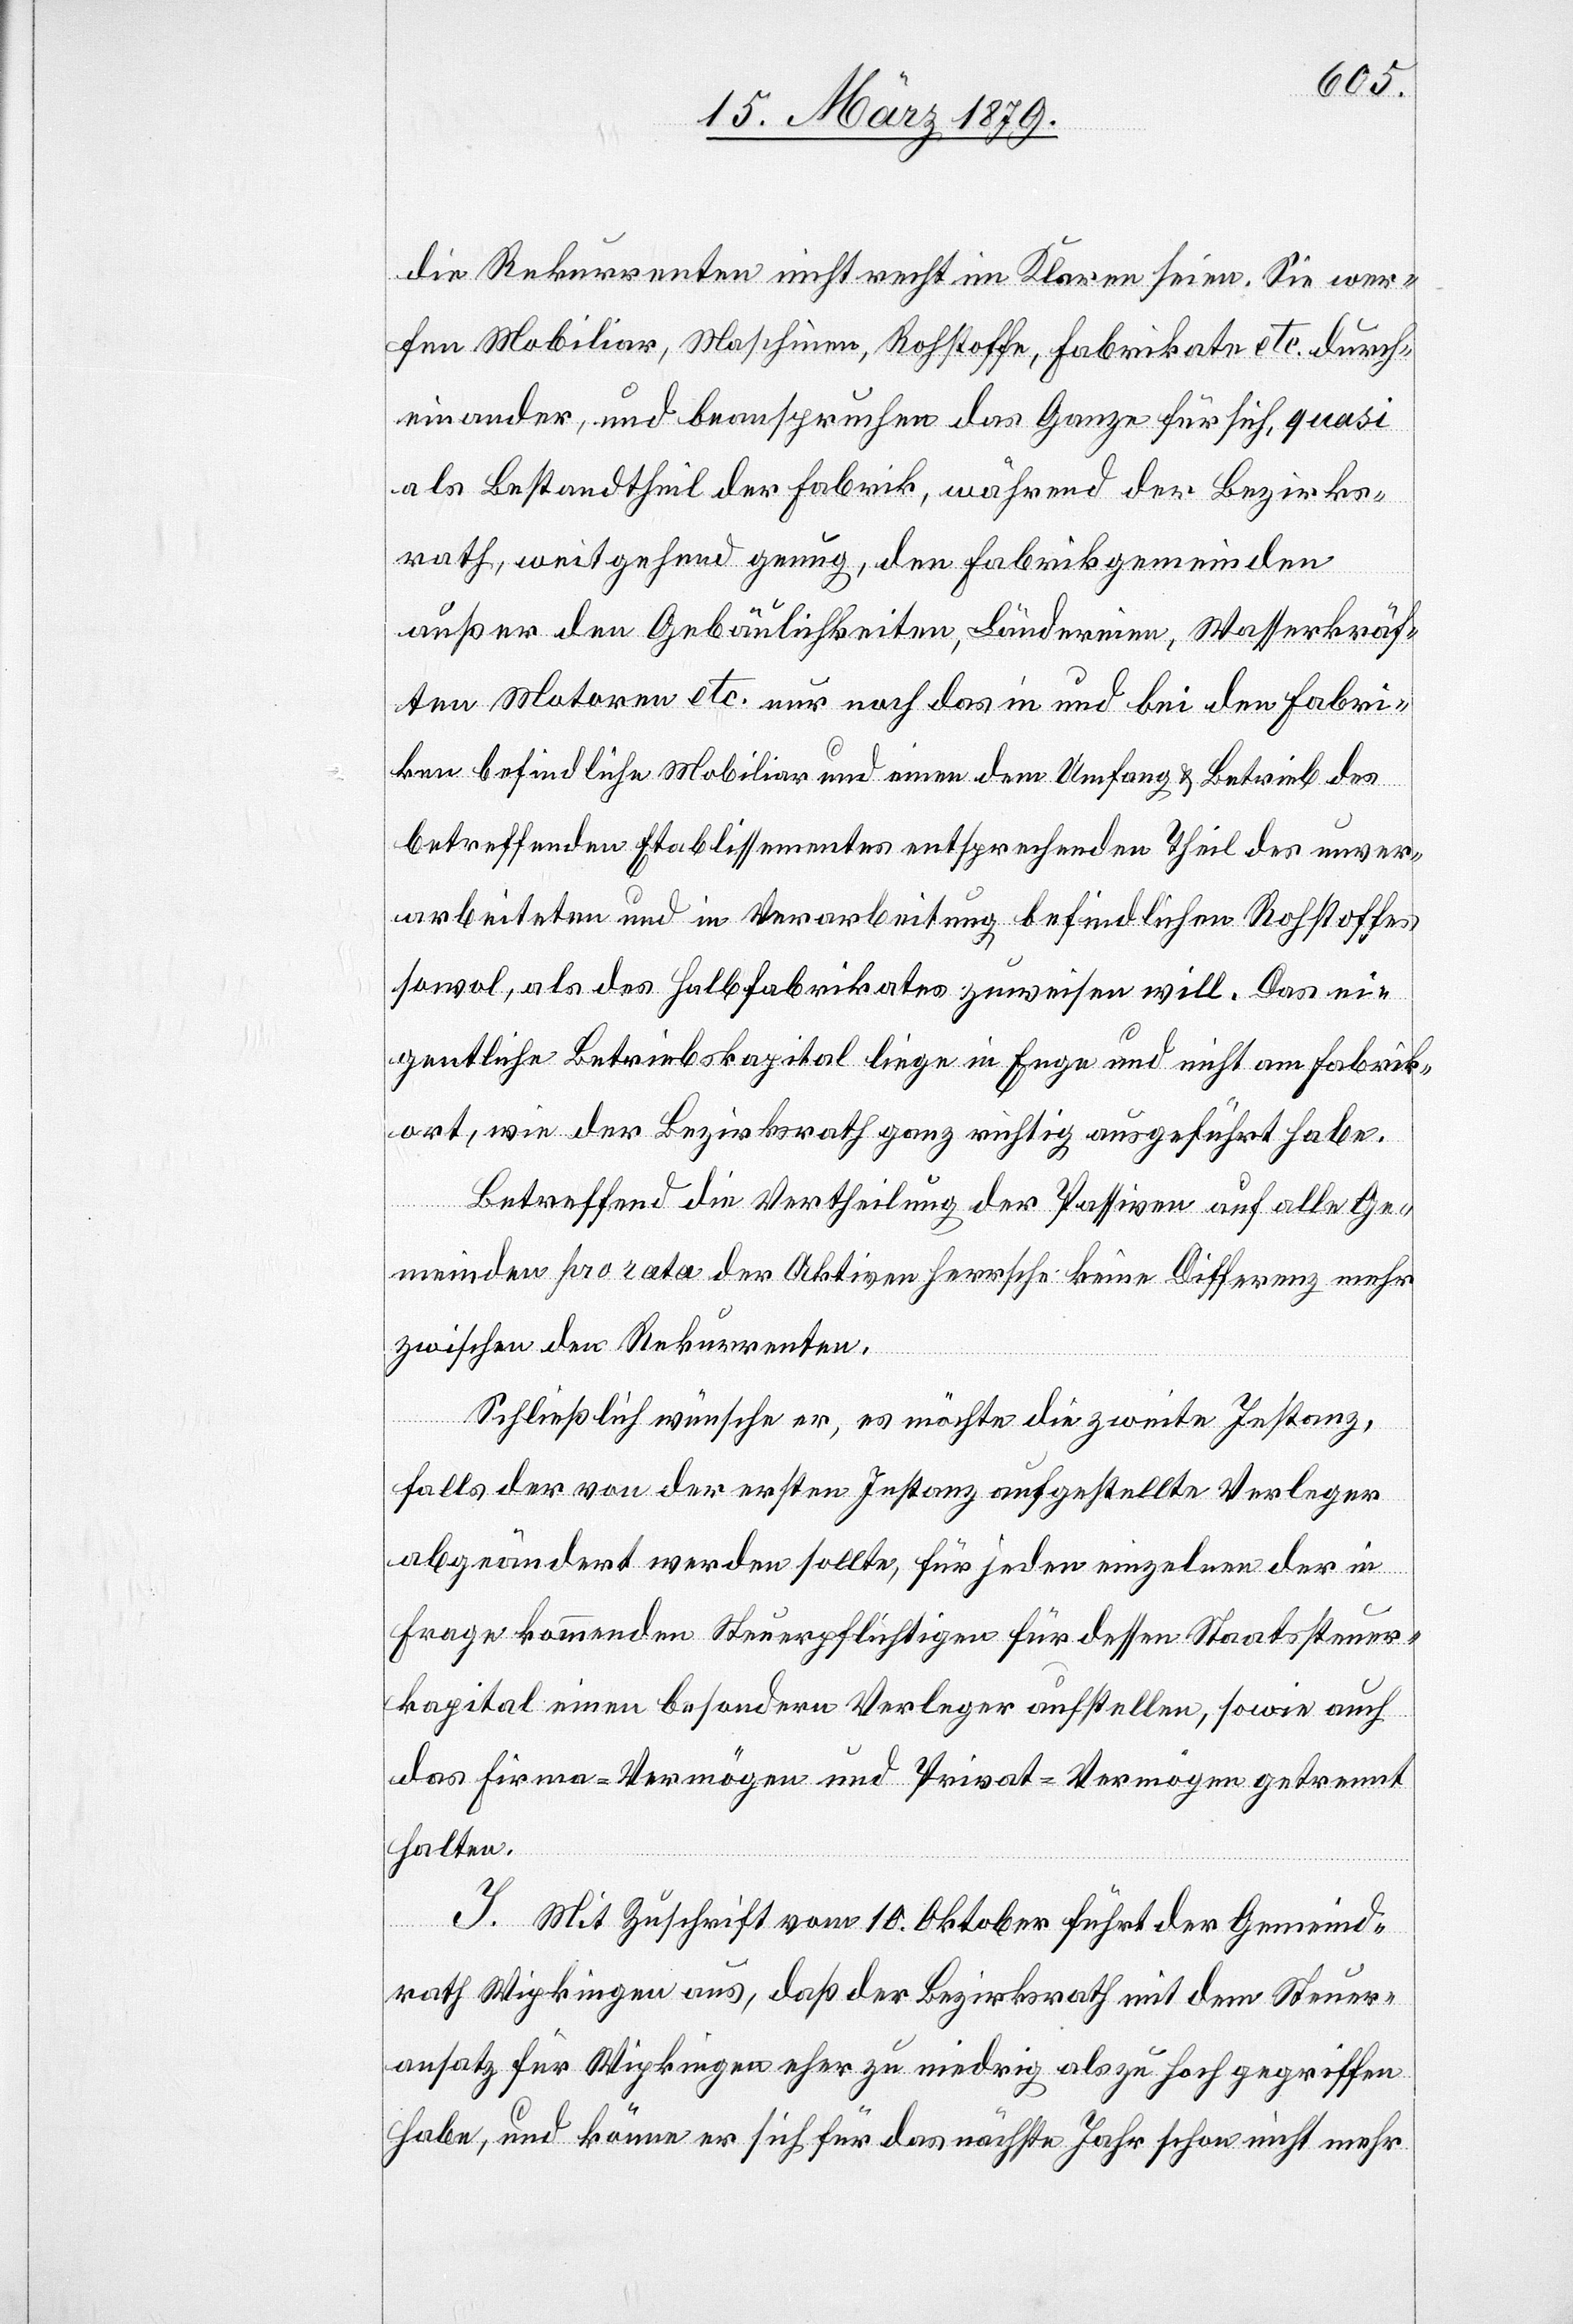
die Rekurrenten nicht recht im Klaren seien. Sie wer¬
fen Mobiliar, Maschinen, Rohstoffe, Fabrikate etc. durch¬
einander, und beanspruchen das Ganze für sich, quasi
als Bestandtheil der Fabrik, während der Bezirks¬
rath, weitgehend genug, den Fabrikgemeinden
außer den Gebäulichkeiten, Ländereien, Wasserkräf¬
ten Motoren etc. nur noch das in und bei den Fabri¬
ken befindliche Mobiliar und einen dem Umfang & Betrieb des
betreffenden Etablissementes entsprechenden Theil des unver¬
arbeiteten und in Verarbeitung befindlichen Rohstoffes
sowol, als des Halbfabrikates zuweisen will. Das ei¬
gentliche Betriebskapital liege in Enge und nicht am Fabrik¬
ort, wie der Bezirksrath ganz richtig ausgeführt habe.
Betreffend die Vertheilung der Passiven auf alle Ge¬
meinden pro rata der Aktiven herrsche keine Differenz mehr
zwischen den Rekurrenten.
Schließlich wünsche er, es möchte die zweite Instanz,
falls der von der ersten Instanz aufgestellte Verleger
abgeändert werden sollte, für jeden einzelnen der in
Frage kommenden Steuerpflichtigen für dessen Staatssteuer¬
kapital einen besondern Verleger aufstellen, sowie auch
das Firma-Vermögen und Privat-Vermögen getrennt
halten.
J. Mit Zuschrift vom 10. Oktober führt der Gemeind¬
rath Wipkingen aus, daß der Bezirksrath mit dem Steuer¬
ansatz für Wipkingen eher zu niedrig als zu hoch gegriffen
habe, und könne er sich für das nächste Jahr schon nicht mehr